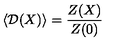
\left. \langle { \cal D } ( X ) \rangle = \frac { Z ( X ) } { Z ( 0 ) } \right.